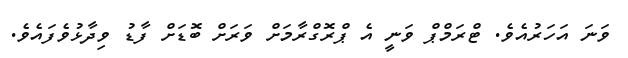
ވަނަ އަހަރުއެވެ. ޓްރަމްޕް ވަނީ އެ ޕްރޮގްރާމަށް ވަރަށް ބޮޑަށް ފާޑު ވިދާޅުވެފައެވެ.